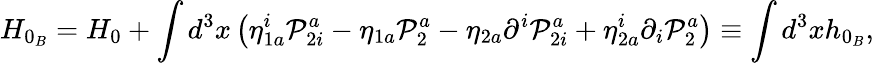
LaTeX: H_{0_{B}}=H_{0}+\int d^{3}x\left(\eta_{1a}^{i}\mathcal{P}_{2i}^{a}-\eta_{1a}\mathcal{P}_{2}^{a}-\eta_{2a}\partial^{i}\mathcal{P}_{2i}^{a}+\eta_{2a}^{i}\partial_{i}\mathcal{P}_{2}^{a}\right)\equiv\int d^{3}xh_{0_{B}},